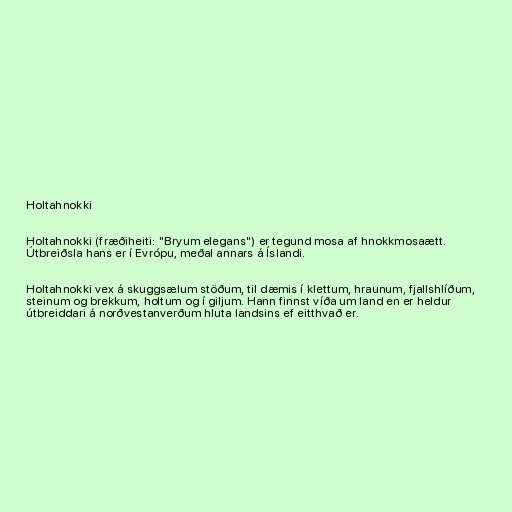
Holtahnokki

Holtahnokki (fræðiheiti: "Bryum elegans") er tegund mosa af hnokkmosaætt.
Útbreiðsla hans er í Evrópu, meðal annars á Íslandi.

Holtahnokki vex á skuggsælum stöðum, til dæmis í klettum, hraunum, fjallshlíðum,
steinum og brekkum, holtum og í giljum. Hann finnst víða um land en er heldur
útbreiddari á norðvestanverðum hluta landsins ef eitthvað er.